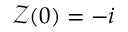
\mathcal { Z } ( 0 ) = - i